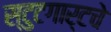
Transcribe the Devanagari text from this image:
स्टुटगार्टचे